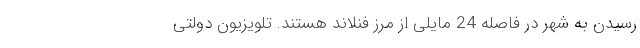
رسیدن به شهر در فاصله 24 مایلی از مرز فنلاند هستند. تلویزیون دولتی